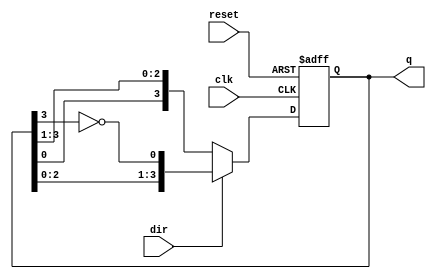
module Bidirectional_Johnson_Counter (
    input wire clk,            // Clock input
    input wire reset,          // Asynchronous reset
    input wire dir,            // Direction control: 1 for up, 0 for down
    output reg [3:0] q         // 4-bit output representing the counter state
);

    // Internal signals for feedback
    wire feedback_up;
    wire feedback_down;

    // Feedback logic for counting up
    assign feedback_up = ~q[3]; // In a Johnson counter, the feedback is the inverted output of the last flip-flop

    // Feedback logic for counting down
    assign feedback_down = q[0]; // For counting down, feedback is the output of the first flip-flop

    // Always block for the counter logic
    always @(posedge clk or posedge reset) begin
        if (reset) begin
            q <= 4'b0000; // Reset the counter to 0
        end else begin
            if (dir) begin
                // Counting up
                q <= {q[2:0], feedback_up}; // Shift left and insert feedback for counting up
            end else begin
                // Counting down
                q <= {feedback_down, q[3:1]}; // Shift right and insert feedback for counting down
            end
        end
    end

endmodule